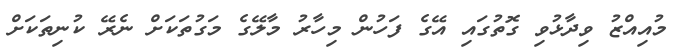
މުއިއްޒު ވިދާޅުވި ގޮތުގައި އޭގެ ފަހުން މިހާރު މާލޭގެ މަގުތަކަށް ނެރޭ ކުނިތަކަށް